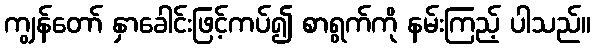
ကျွန်တော် နှာခေါင်းဖြင့်ကပ်၍ စာရွက်ကို နမ်းကြည့် ပါသည်။